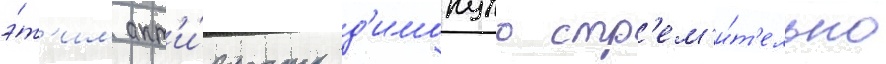
э́т'им акт'и́вность д'имопуло стр'ем'и́т'ельно